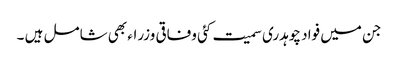
جن میں فواد چوہدری سمیت کئی وفاقی وزراء بھی شامل ہیں ۔